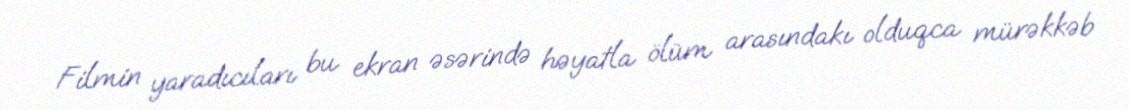
Filmin yaradıcıları bu ekran əsərində həyatla ölüm arasındakı olduqca mürəkkəb